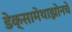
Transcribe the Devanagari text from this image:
डेक्सामेथाझोनचे